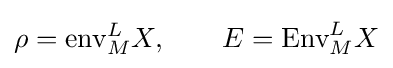
\rho ={\text{env}}_{M}^{L}X,\qquad E={\text{Env}}_{M}^{L}X